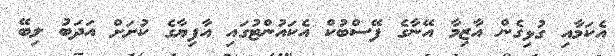
އެކަމާއި ގުޅިގެން އާޒިމާ އޭނާގެ ފޭސްބުކް އެކައުންޓުގައި އާފިޔާގެ ކުށަށް އަދަބު ލިބޭ